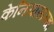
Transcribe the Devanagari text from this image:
केनियासारखा